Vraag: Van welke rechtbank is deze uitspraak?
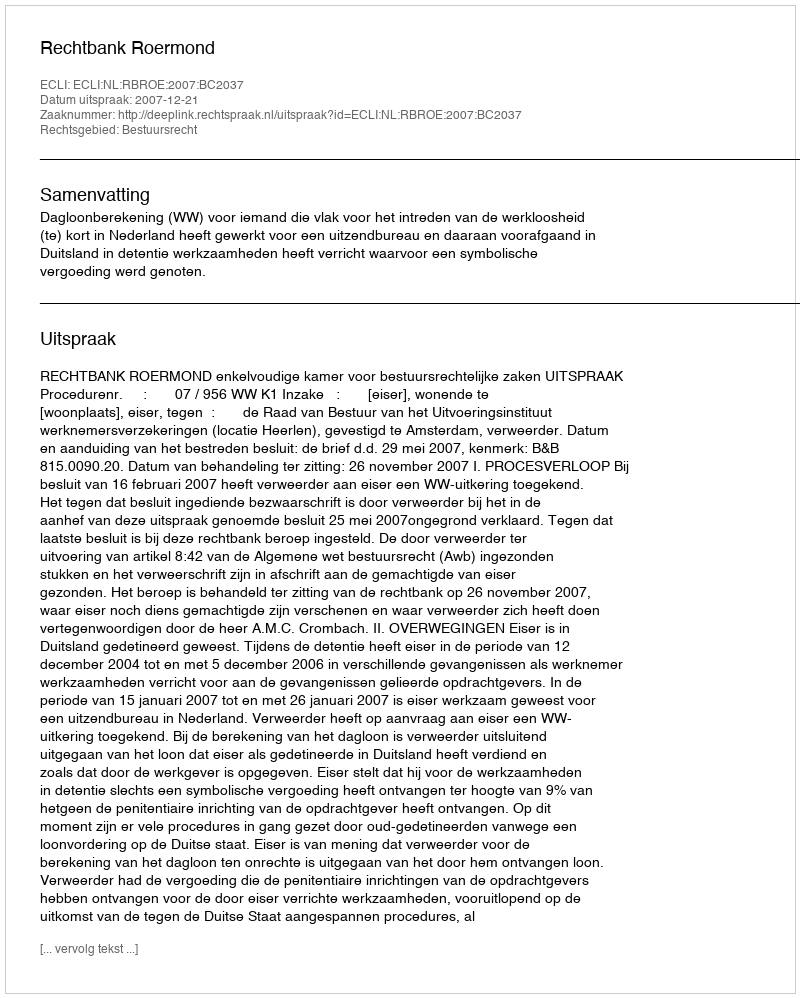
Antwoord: Rechtbank Roermond